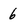
Character: 6